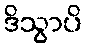
ဒိသွာပိ